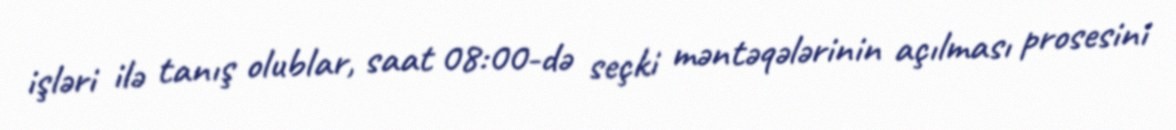
işləri ilə tanış olublar, saat 08:00-də seçki məntəqələrinin açılması prosesini